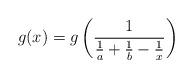
LaTeX: \begin{align*}g(x)=g\left( \frac{1}{\frac{1}{a}+\frac{1}{b}-\frac{1}{x}}\right)\end{align*}